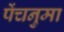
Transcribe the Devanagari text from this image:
पेंचनुमा